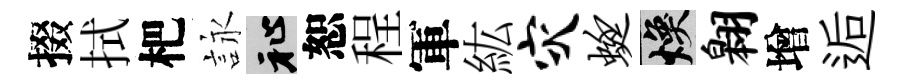
掇拭杷詠祉恕程軍紘灾蜓焕翱增逅